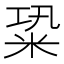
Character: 䊄